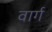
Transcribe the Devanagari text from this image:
वार्ग